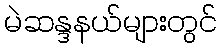
မဲဆန္ဒနယ်များတွင်